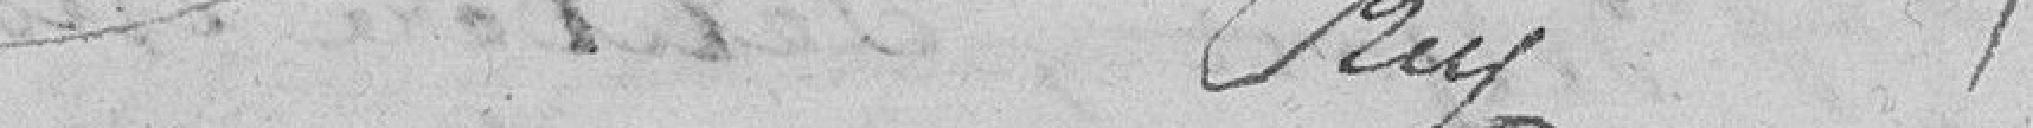
Roi des français